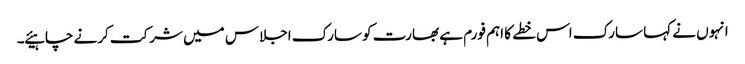
انہوں نے کہا سارک اس خطے کا اہم فورم ہے بھارت کو سارک اجلاس میں شرکت کرنے چاہیئے ۔